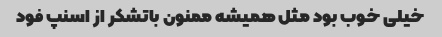
خیلی خوب بود مثل همیشه ممنون باتشکر از اسنپ فود